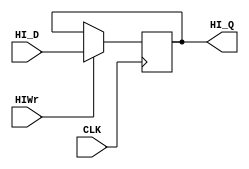
`timescale 1ns / 1ps

module HI(
  input CLK,
  input HIWr,
  input [31:0] HI_D,
  output reg [31:0] HI_Q
    );
  always @(negedge CLK) 
    begin
        if(HIWr==1) HI_Q <= HI_D;
    end
endmodule